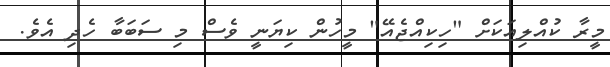
މީރާ ކުއްލިއަކަށް "ހިކިއްޖެއޭ" މީހުން ކިޔަނީ ވެސް މި ސަބަބާ ހެދި އެވެ.